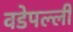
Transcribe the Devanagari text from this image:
वडेपल्‍ली